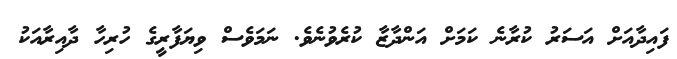
ފައިދާއަށް އަސަރު ކުރާނެ ކަމަށް އަންދާޒާ ކުރެވުނެވެ. ނަމަވެސް ވިޔަފާރީގެ ހުރިހާ ދާއިރާއަކު